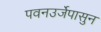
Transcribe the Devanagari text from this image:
पवनउर्जेपासुन